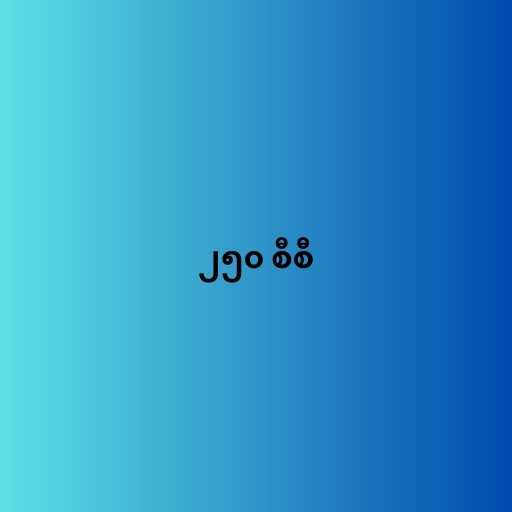
၂၅၀ စီစီ